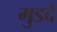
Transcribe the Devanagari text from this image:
मुडदे